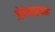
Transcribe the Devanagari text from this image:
जेरेमाइयाह